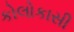
કોલોકાસી